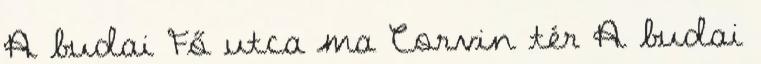
A budai Fő utca ma Corvin tér A budai